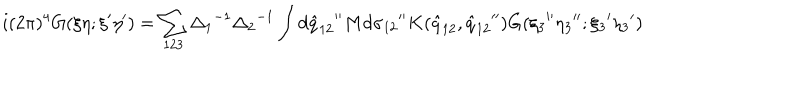
i ( 2 \pi ) ^ { 4 } G ( \xi \eta ; { \xi } ^ { \prime } { \eta } ^ { \prime } ) = \sum _ { 1 2 3 } { \Delta _ { 1 } } ^ { - 1 } { \Delta _ { 2 } } ^ { - 1 } \int d { { \hat { q } } _ { 1 2 } } ^ { \prime \prime } M d { \sigma _ { 1 2 } } ^ { \prime \prime } K ( { \hat { q } } _ { 1 2 } , { { \hat { q } } _ { 1 2 } } ^ { \prime \prime } ) G ( { \xi _ { 3 } } ^ { \prime \prime } { \eta _ { 3 } } ^ { \prime \prime } ; { \xi _ { 3 } } ^ { \prime } { \eta _ { 3 } } ^ { \prime } )